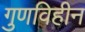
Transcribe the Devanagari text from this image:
गुणविहीन